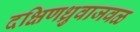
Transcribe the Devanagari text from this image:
दक्षिणध्रुवाजवळ